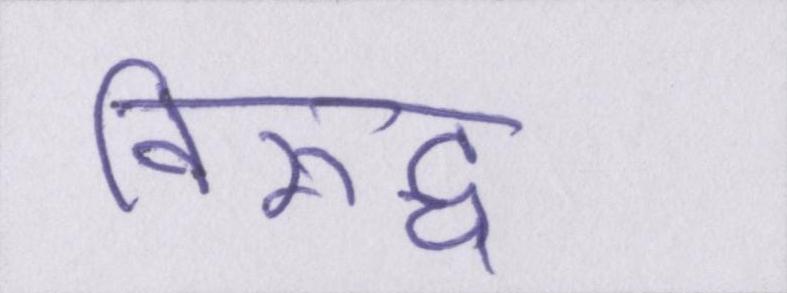
विरूद्ध